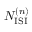
N _ { \mathrm { I S I } } ^ { ( n ) }